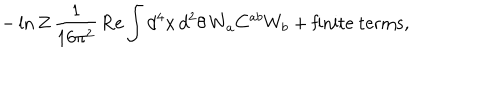
LaTeX: - \ln Z \, \frac { 1 } { 1 6 \pi ^ { 2 } } \, \mathrm { R e } \int d ^ { 4 } x \, d ^ { 2 } \theta \, W _ { a } C ^ { a b } W _ { b } + \mathrm { f i n i t e ~ t e r m s } ,